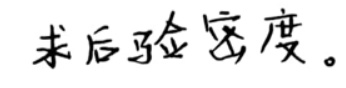
求后验密度。